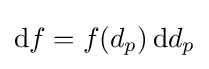
\mathrm {d} f=f(d_{p})\,\mathrm {d} d_{p}